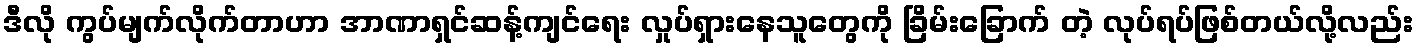
ဒီလို ကွပ်မျက်လိုက်တာဟာ အာဏာရှင်ဆန့်ကျင်ရေး လှုပ်ရှားနေသူတွေကို ခြိမ်းခြောက် တဲ့ လုပ်ရပ်ဖြစ်တယ်လို့လည်း